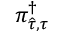
\pi _ { \widehat { \tau } , { { \tau } } } ^ { \dagger }